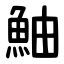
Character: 鮋